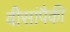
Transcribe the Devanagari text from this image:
वीसांपैकी